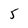
Character: 5